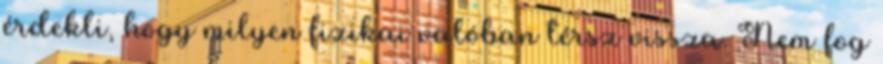
érdekli, hogy milyen fizikai valóban térsz vissza. Nem fog